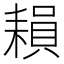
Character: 𦔐